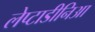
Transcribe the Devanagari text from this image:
लेप्टाडीनिआ